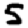
Digit: 5